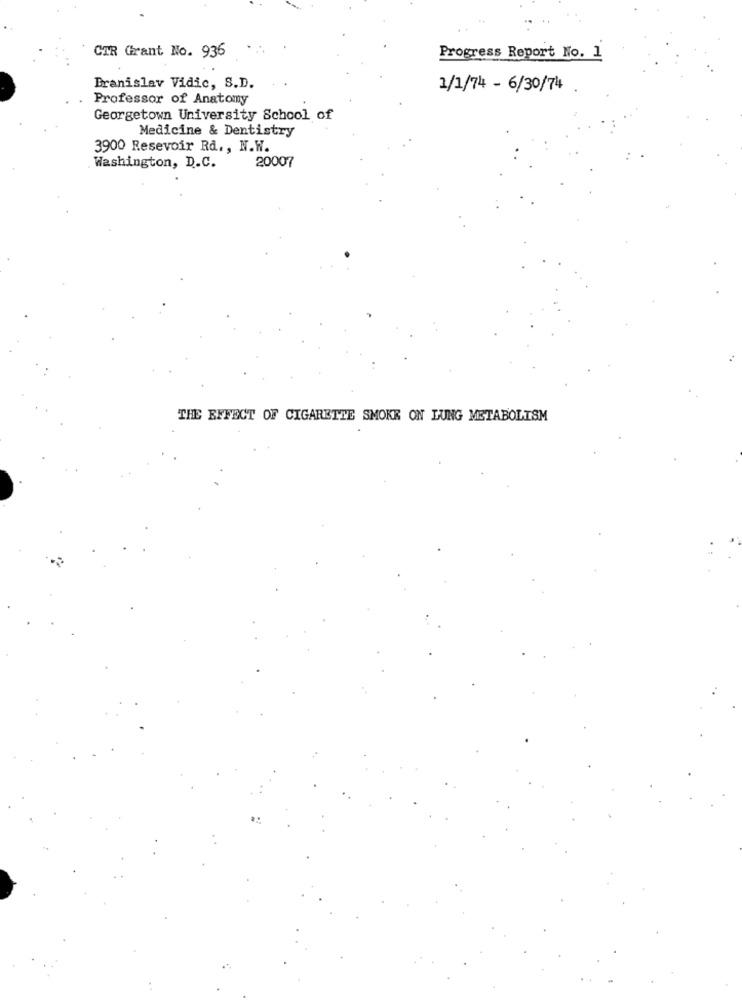
..
CTR Grant No. 936
Progress Report No. 1
Branislav Vidic, S.D.
1/1/74 - 6/30/74
Professor of Anatomy
Georgetown University School of
Medicine & Dentistry
3900 Resevoir Rd ., N.W.
Washington, D.C.
20007
THE EFFECT OF CIGARETTE SMOKE ON LUNG METABOLISM